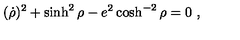
( \dot { \rho } ) ^ { 2 } + \sinh ^ { 2 } \rho - e ^ { 2 } \cosh ^ { - 2 } \rho = 0 \ ,